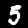
Digit: 5